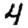
Digit: 4